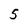
Character: 5